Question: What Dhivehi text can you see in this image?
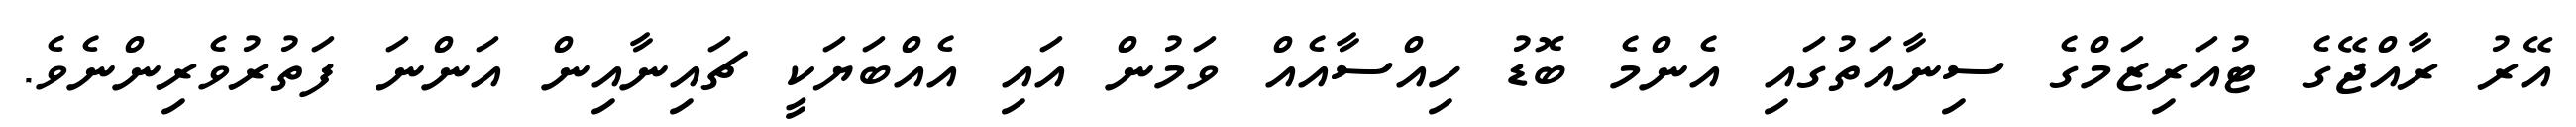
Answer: އޭރު ރާއްޖޭގެ ޓުއަރިޒަމްގެ ސިނާއަތުގައި އެންމެ ބޮޑު ހިއްސާއެއް ވަމުން އައި އެއްބަޔަކީ ޗައިނާއިން އަންނަ ފަތުރުވެރިންނެވެ.